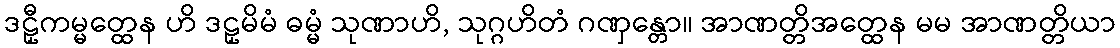
ဒဠှီကမ္မတ္ထေန ဟိ ဒဠှမိမံ ဓမ္မံ သုဏာဟိ, သုဂ္ဂဟိတံ ဂဏှန္တော။ အာဏတ္တိအတ္ထေန မမ အာဏတ္တိယာ